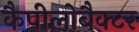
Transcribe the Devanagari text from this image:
कैपीलोबैक्टर